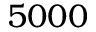
5 0 0 0